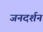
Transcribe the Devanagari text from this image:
जनदर्शन